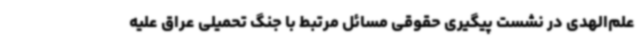
علم‌الهدی در نشست پیگیری حقوقی مسائل مرتبط با جنگ تحمیلی عراق علیه